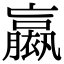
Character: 𧝹